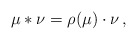
\begin{align*} \mu * \nu = \rho(\mu)\cdot \nu\,,\end{align*}